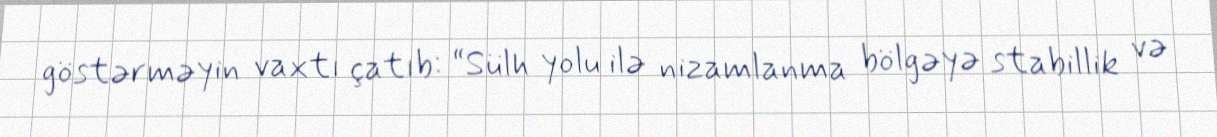
göstərməyin vaxtı çatıb: “Sülh yolu ilə nizamlanma bölgəyə stabillik və